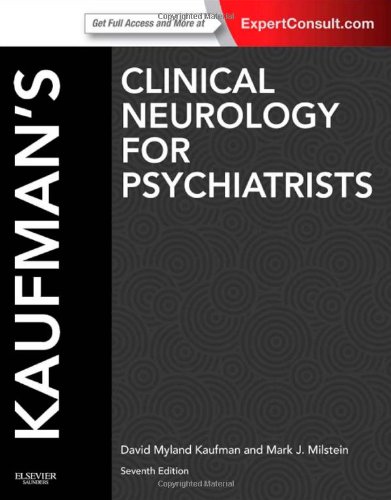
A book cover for Kaufman's Clinical Neurology for Psychiatrists, 7th Edition; David Myland Kaufman; Medical Books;